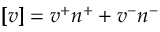
\left[ \! \! \left[ v \right] \! \! \right] = v ^ { + } n ^ { + } + v ^ { - } n ^ { - }